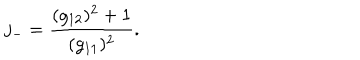
j _ { - } = \frac { ( g _ { 1 2 } ) ^ { 2 } + 1 } { ( g _ { 1 1 } ) ^ { 2 } } .